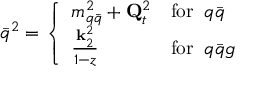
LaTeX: \bar { q } ^ { 2 } = \left\{ \begin{array} { l l } { { m _ { q \bar { q } } ^ { 2 } + { \bf Q } _ { t } ^ { 2 } } } & { { \mathrm { f o r } \; \; q \bar { q } } } \\ { { \frac { { \bf k } _ { 2 } ^ { 2 } } { 1 - z } } } & { { \mathrm { f o r } \; \; q \bar { q } g } } \end{array} \right.